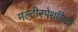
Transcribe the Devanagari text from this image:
मल्टीस्पेशलिटी